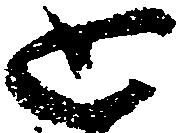
思